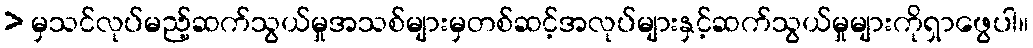
> မှသင်လုပ်မည့်ဆက်သွယ်မှုအသစ်များမှတစ်ဆင့်အလုပ်များနှင့်ဆက်သွယ်မှုများကိုရှာဖွေပါ။